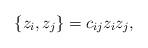
LaTeX: \begin{align*}\{z_i,z_j\} = c_{ij} z_i z_j,\end{align*}